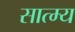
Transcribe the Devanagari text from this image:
सात्म्य